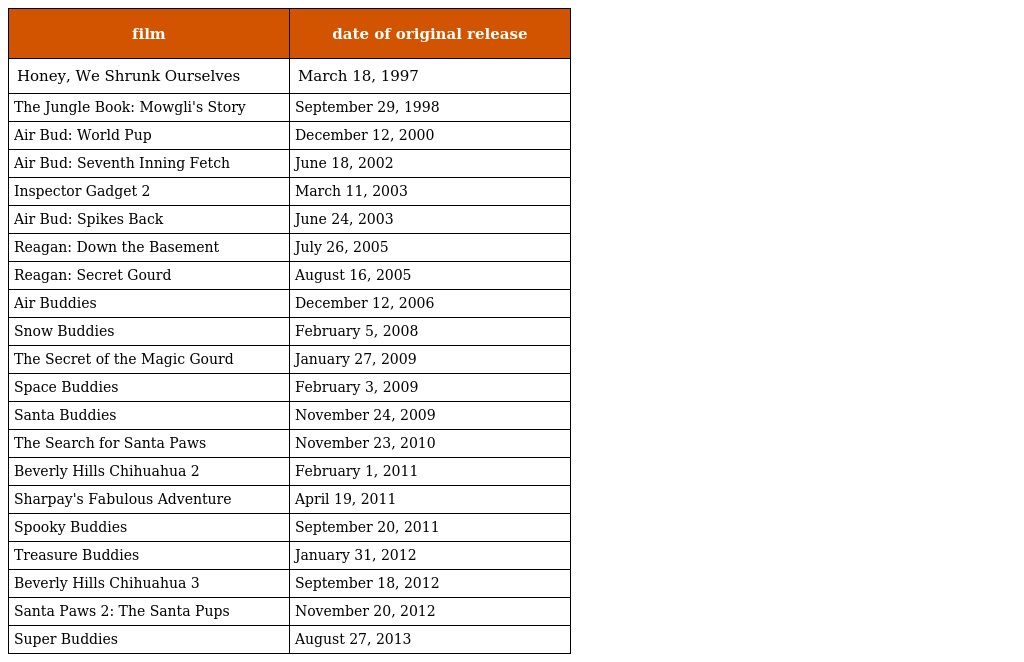
| film | date of original release |
 | --- | --- |
 | Honey, We Shrunk Ourselves | March 18, 1997 |
 | The Jungle Book: Mowgli's Story | September 29, 1998 |
 | Air Bud: World Pup | December 12, 2000 |
 | Air Bud: Seventh Inning Fetch | June 18, 2002 |
 | Inspector Gadget 2 | March 11, 2003 |
 | Air Bud: Spikes Back | June 24, 2003 |
 | Reagan: Down the Basement | July 26, 2005 |
 | Reagan: Secret Gourd | August 16, 2005 |
 | Air Buddies | December 12, 2006 |
 | Snow Buddies | February 5, 2008 |
 | The Secret of the Magic Gourd | January 27, 2009 |
 | Space Buddies | February 3, 2009 |
 | Santa Buddies | November 24, 2009 |
 | The Search for Santa Paws | November 23, 2010 |
 | Beverly Hills Chihuahua 2 | February 1, 2011 |
 | Sharpay's Fabulous Adventure | April 19, 2011 |
 | Spooky Buddies | September 20, 2011 |
 | Treasure Buddies | January 31, 2012 |
 | Beverly Hills Chihuahua 3 | September 18, 2012 |
 | Santa Paws 2: The Santa Pups | November 20, 2012 |
 | Super Buddies | August 27, 2013 |